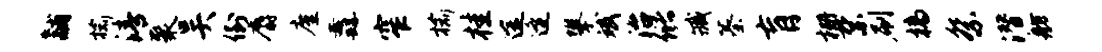
黼榆清聚吴倒麝廑纛窄榆桂途逄攀斌治储臧蓁肓栅禁刷槁祭潜舫